Vaccination in Burma 1920-1933 - 1920-1933
Year: 1920
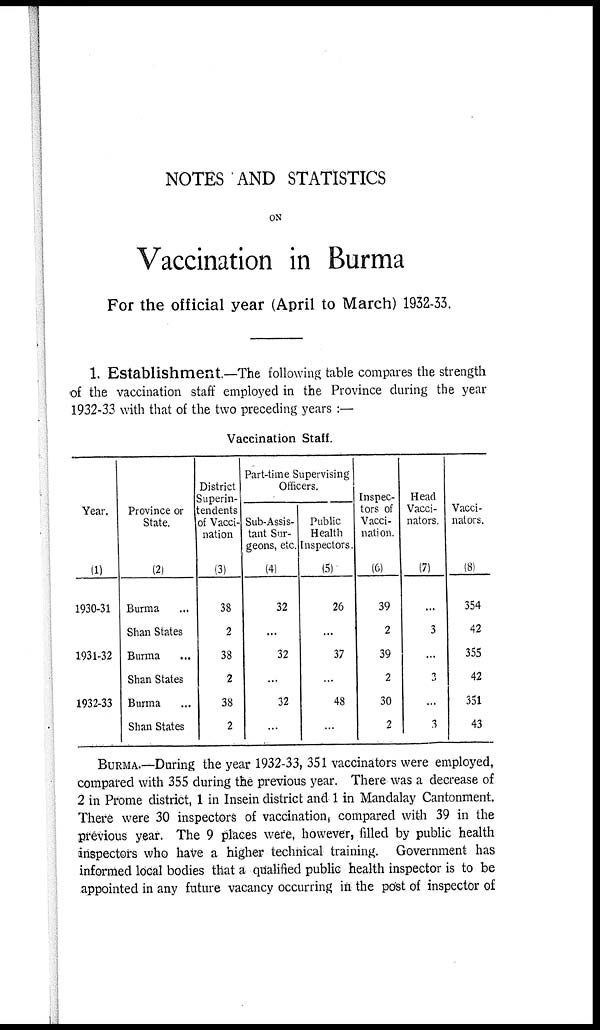
NOTES AND STATISTICS
ON
Vaccination in Burma
For the official year (April to March) 1932-33.
1. Establishment.—The following table compares the strength
of the vaccination staff employed in the Province during the year
1932-33 with that of the two preceding years :—
Vaccination Staff.
Year.
(1)
1930-31
1931-32
1932-33
Province or
State.
(2)
Burma ...
Shan States
Burma ...
Shan States
Burma ...
Shan States
District
Superin-
tendents
of Vacci-
nation
(3)
38
2
38
2
38
2
Part-time Supervising
Officers.
Sub-Assis-
tant Sur-
geons, etc.
(4)
32
...
32
...
32
...
Public
Health
Inspectors.
(5)
26
...
37
...
48
...
Inspec-
tors of
Vacci-
nation.
(6)
39
2
39
2
30
2
Head
Vacci-
nators.
(7)
3
...
3
...
3
Vacci-
nators.
(8)
354
42
355
42
351
43
BURMA.—During the year 1932-33, 351 vaccinators were employed,
compared with 355 during the previous year. There was a decrease of
2 in Prome district, 1 in Insein district and 1 in Mandalay Cantonment.
There were 30 inspectors of vaccination, compared with 39 in the
previous year. The 9 places were, however, filled by public health
inspectors who have a higher technical training. Government has
informed local bodies that a qualified public health inspector is to be
appointed in any future vacancy occurring in the post of inspector of